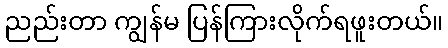
ညည်းတာ ကျွန်မ ပြန်ကြားလိုက်ရဖူးတယ်။